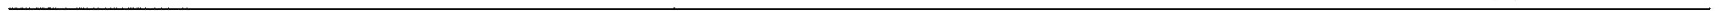
___